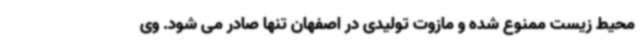
محیط زیست ممنوع شده و مازوت تولیدی در اصفهان تنها صادر می شود. وی